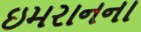
ઇમરાનના